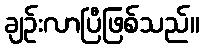
ချဉ်းလာပြီဖြစ်သည်။